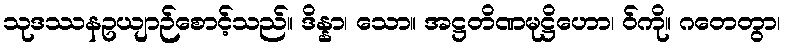
သုဒဿနဥယျာဉ်စောင့်သည်။ ဒိန္နာ၊ သော။ အဋ္ဌတိဏမုဋ္ဌိဟော၊ ဝ်ကို။ ဂတေတွာ၊